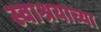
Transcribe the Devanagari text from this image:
स्वाश्रयाच्या